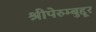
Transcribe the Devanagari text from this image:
श्रीपेरुम्बुद्दूर